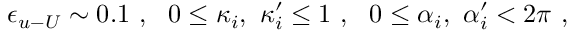
\epsilon _ { u { \mathrm { - } } U } \sim 0 . 1 ~ , ~ ~ 0 \leq \kappa _ { i } , ~ \kappa _ { i } ^ { \prime } \leq 1 ~ , ~ ~ 0 \leq \alpha _ { i } , ~ \alpha _ { i } ^ { \prime } < 2 \pi ~ , ~ ~